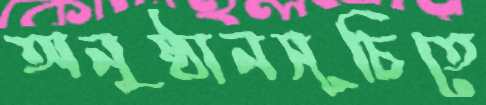
অনুষ্ঠানসূচিতে